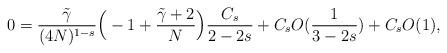
LaTeX: \begin{align*}0 = \frac{\tilde\gamma }{(4N)^{1-s}} \Big{(}-1 + \frac{\tilde \gamma + 2}{N}\Big{)} \frac{C_s}{2 - 2s} + C_s O(\frac{1}{3 - 2s}) + C_s O(1),\end{align*}